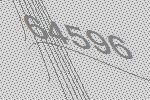
64596